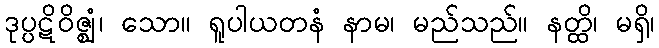
ဒုပ္ပဋိဝိဇ္ဈံ၊ သော။ ရူပါယတနံ နာမ၊ မည်သည်။ နတ္ထိ၊ မရှိ၊